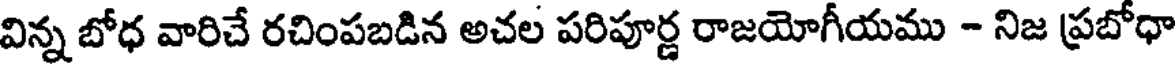
విన్న బోధ వారిచే రచింపబడిన అచల పరిపూర్ణ రాజయోగీయము - నిజ ప్రబోధా